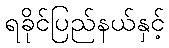
ရခိုင်ပြည်နယ်နှင့်